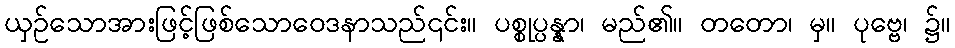
ယှဉ်သောအားဖြင့်ဖြစ်သောဝေဒနာသည်၎င်း။ ပစ္စုပ္ပန္နာ၊ မည်၏။ တတော၊ မှ။ ပုဗ္ဗေ၊ ၌။